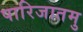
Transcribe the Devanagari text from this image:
पारिजातमु